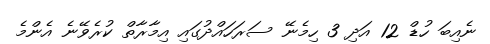
ނެއިބަ ހުޑް 12 އަދި 3 ހިމެނޭ ސަރަހައްދުގައި އިމާރާތް ކުރެވޭނެ އެންމެ